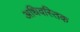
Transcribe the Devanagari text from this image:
अधिवस्तिक